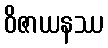
ဝိဇာယနဿ